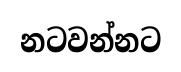
නටවන්නට